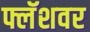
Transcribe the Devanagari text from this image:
फ्लॅशवर